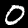
Digit: 0